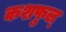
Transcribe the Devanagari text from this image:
कशफुल्